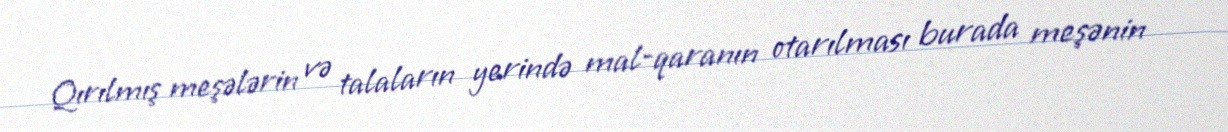
Qırılmış meşələrin və talaların yerində mal-qaranın otarılması burada meşənin